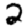
Digit: 2